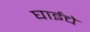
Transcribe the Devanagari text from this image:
घाईचे